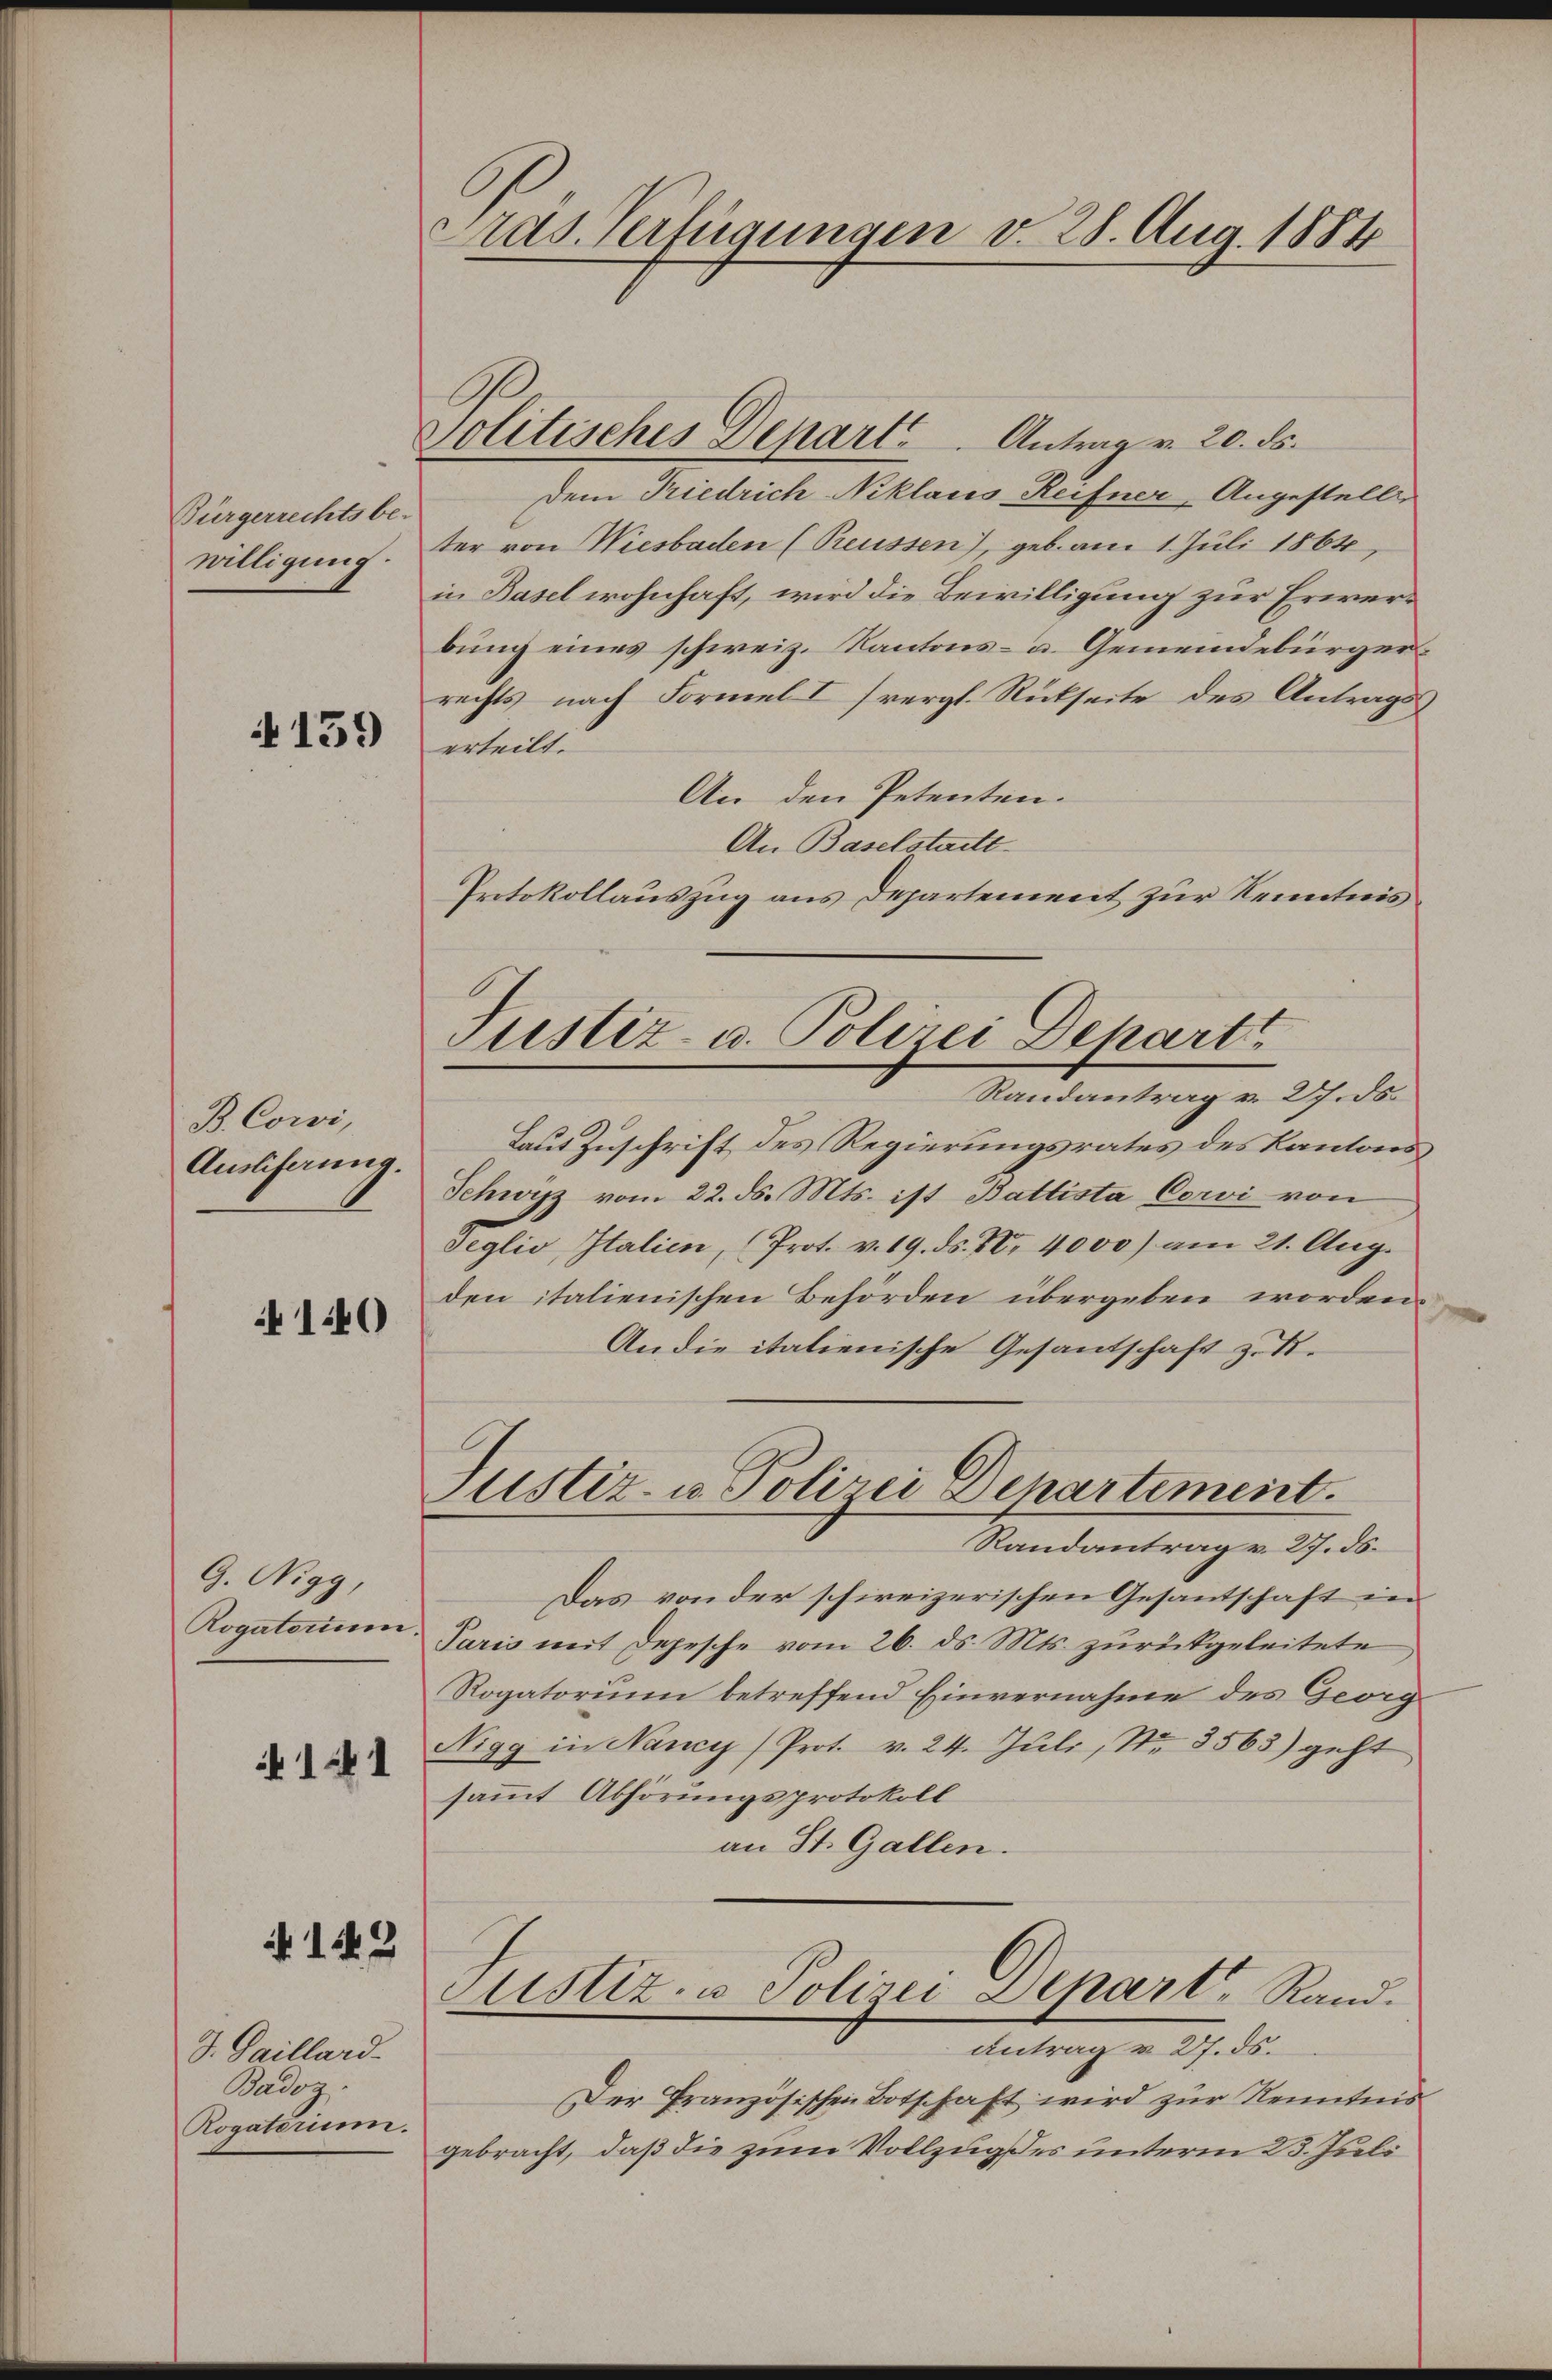
Bürgerrechts be-
willigung.

4159

B. Corvi,
Auslieferung.

140

G. Nigg,
Rogatorium

1241

N 149

d. Gaillard.
Badoz.
Rogatorium.

Aas Verfügungen v. 28. Aug. 1884

Politisches Depart. Antrag v. 20. ds.

Justiz- u. Polizei Depart
Randantrag v. 27. ds.

Dem Friedrich Niklaus Reifner, Angestelle
ter von Wiesbaden (Preussen), geb. am 1. Juli 1864
in Basel wohnhaft, wird die Bewilligung zur Erwerbung eines schweiz. Kantons- u. Gemeindebürger
rechts nach Formel I (vergl. Rückseite des Antragserteilt.
An den Petenten.
An Baselstadtt
Protokollauszug aus Departement zur Kenntnis
Laut Zuschrift des Regierungsrates des Kantons¬
Schwyz vom 22. ds. Mts. ist Battista Cori von
Seglio, Italien, (Prot. v. 19. ds. N. 4000) am 21. Aug.
den italienischen Behörden übergeben worden.
An die italienische Gesandschaft z. B.
Justiz- u. Polizei Departement.
Randantrag v. 27. ds.
Das von der schweizerischen Gesantschaft in
Paris mit Depesche vom 26. ds. Mts. zurückgeleitete
Rogatorium betreffend Einvernahme des Georg
Nigg in Nancy (Prot. v. 24. Juli, Nr. 3563) geht
sammt Abhörungsprotokoll
an St. Gallen.
Justiz- u Polizei Depart, Rand.
antrag v. 27. ds.
Der Französischen Botschaft wird zur Kenntnis
gebracht, daß die zum Vollzug des unterm 23. Juli